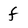
Character: f